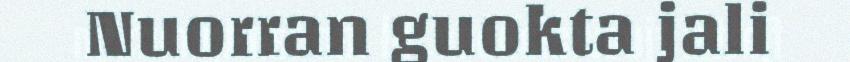
Nuorran guokta jali